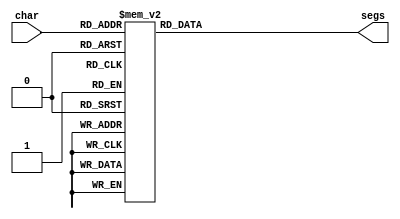
/*
   This file was generated automatically by the Mojo IDE version B1.3.6.
   Do not edit this file directly. Instead edit the original Lucid source.
   This is a temporary file and any changes made to it will be destroyed.
*/

module seven_seg_6 (
    input [3:0] char,
    output reg [6:0] segs
  );
  
  
  
  always @* begin
    
    case (char)
      1'h0: begin
        segs = 7'h3f;
      end
      1'h1: begin
        segs = 7'h06;
      end
      2'h2: begin
        segs = 7'h5b;
      end
      2'h3: begin
        segs = 7'h4f;
      end
      3'h4: begin
        segs = 7'h66;
      end
      3'h5: begin
        segs = 7'h6d;
      end
      3'h6: begin
        segs = 7'h7d;
      end
      3'h7: begin
        segs = 7'h07;
      end
      4'h8: begin
        segs = 7'h7f;
      end
      4'h9: begin
        segs = 7'h67;
      end
      4'ha: begin
        segs = 7'h6f;
      end
      4'hb: begin
        segs = 7'h5c;
      end
      4'hc: begin
        segs = 7'h5e;
      end
      4'hd: begin
        segs = 7'h79;
      end
      4'he: begin
        segs = 7'h77;
      end
      default: begin
        segs = 7'h00;
      end
    endcase
  end
endmodule